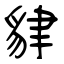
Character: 貄